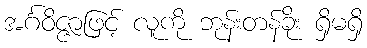
အင်္ဂဝိဇ္ဇာဖြင့် လူကို ဘုန်းတန်ခိုး ရှိမရှိ